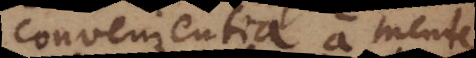
convenientia a mente